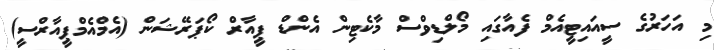
މި އަހަރުގެ ސީއައިޓީއެމް ފެއާގައި މޯލްޑިވްސް މާކެޓިން އެންޑް ޕީއާރް ކޯޕަރޭޝަން (އެމްއެމްޕީއާރްސީ)